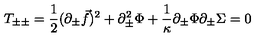
T _ { \pm \pm } = { \frac { 1 } { 2 } } ( \partial _ { \pm } { \vec { f } } ) ^ { 2 } + \partial _ { \pm } ^ { 2 } \Phi + { \frac { 1 } { \kappa } } \partial _ { \pm } \Phi \partial _ { \pm } \Sigma = 0